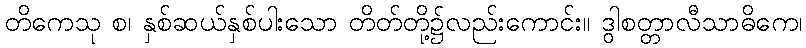
တိကေသု စ၊ နှစ်ဆယ်နှစ်ပါးသော တိတ်တို့၌လည်းကောင်း။ ဒွါစတ္တာလီသာဓိကေ၊